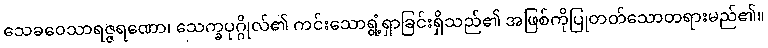
သေခဝေသာရဇ္ဇရဏော၊ သေက္ခပုဂ္ဂိုလ်၏ ကင်းသောရွံ့ရှာခြင်းရှိသည်၏ အဖြစ်ကိုပြုတတ်သောတရားမည်၏။